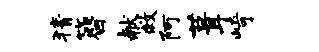
猜簪献救阿葺崎